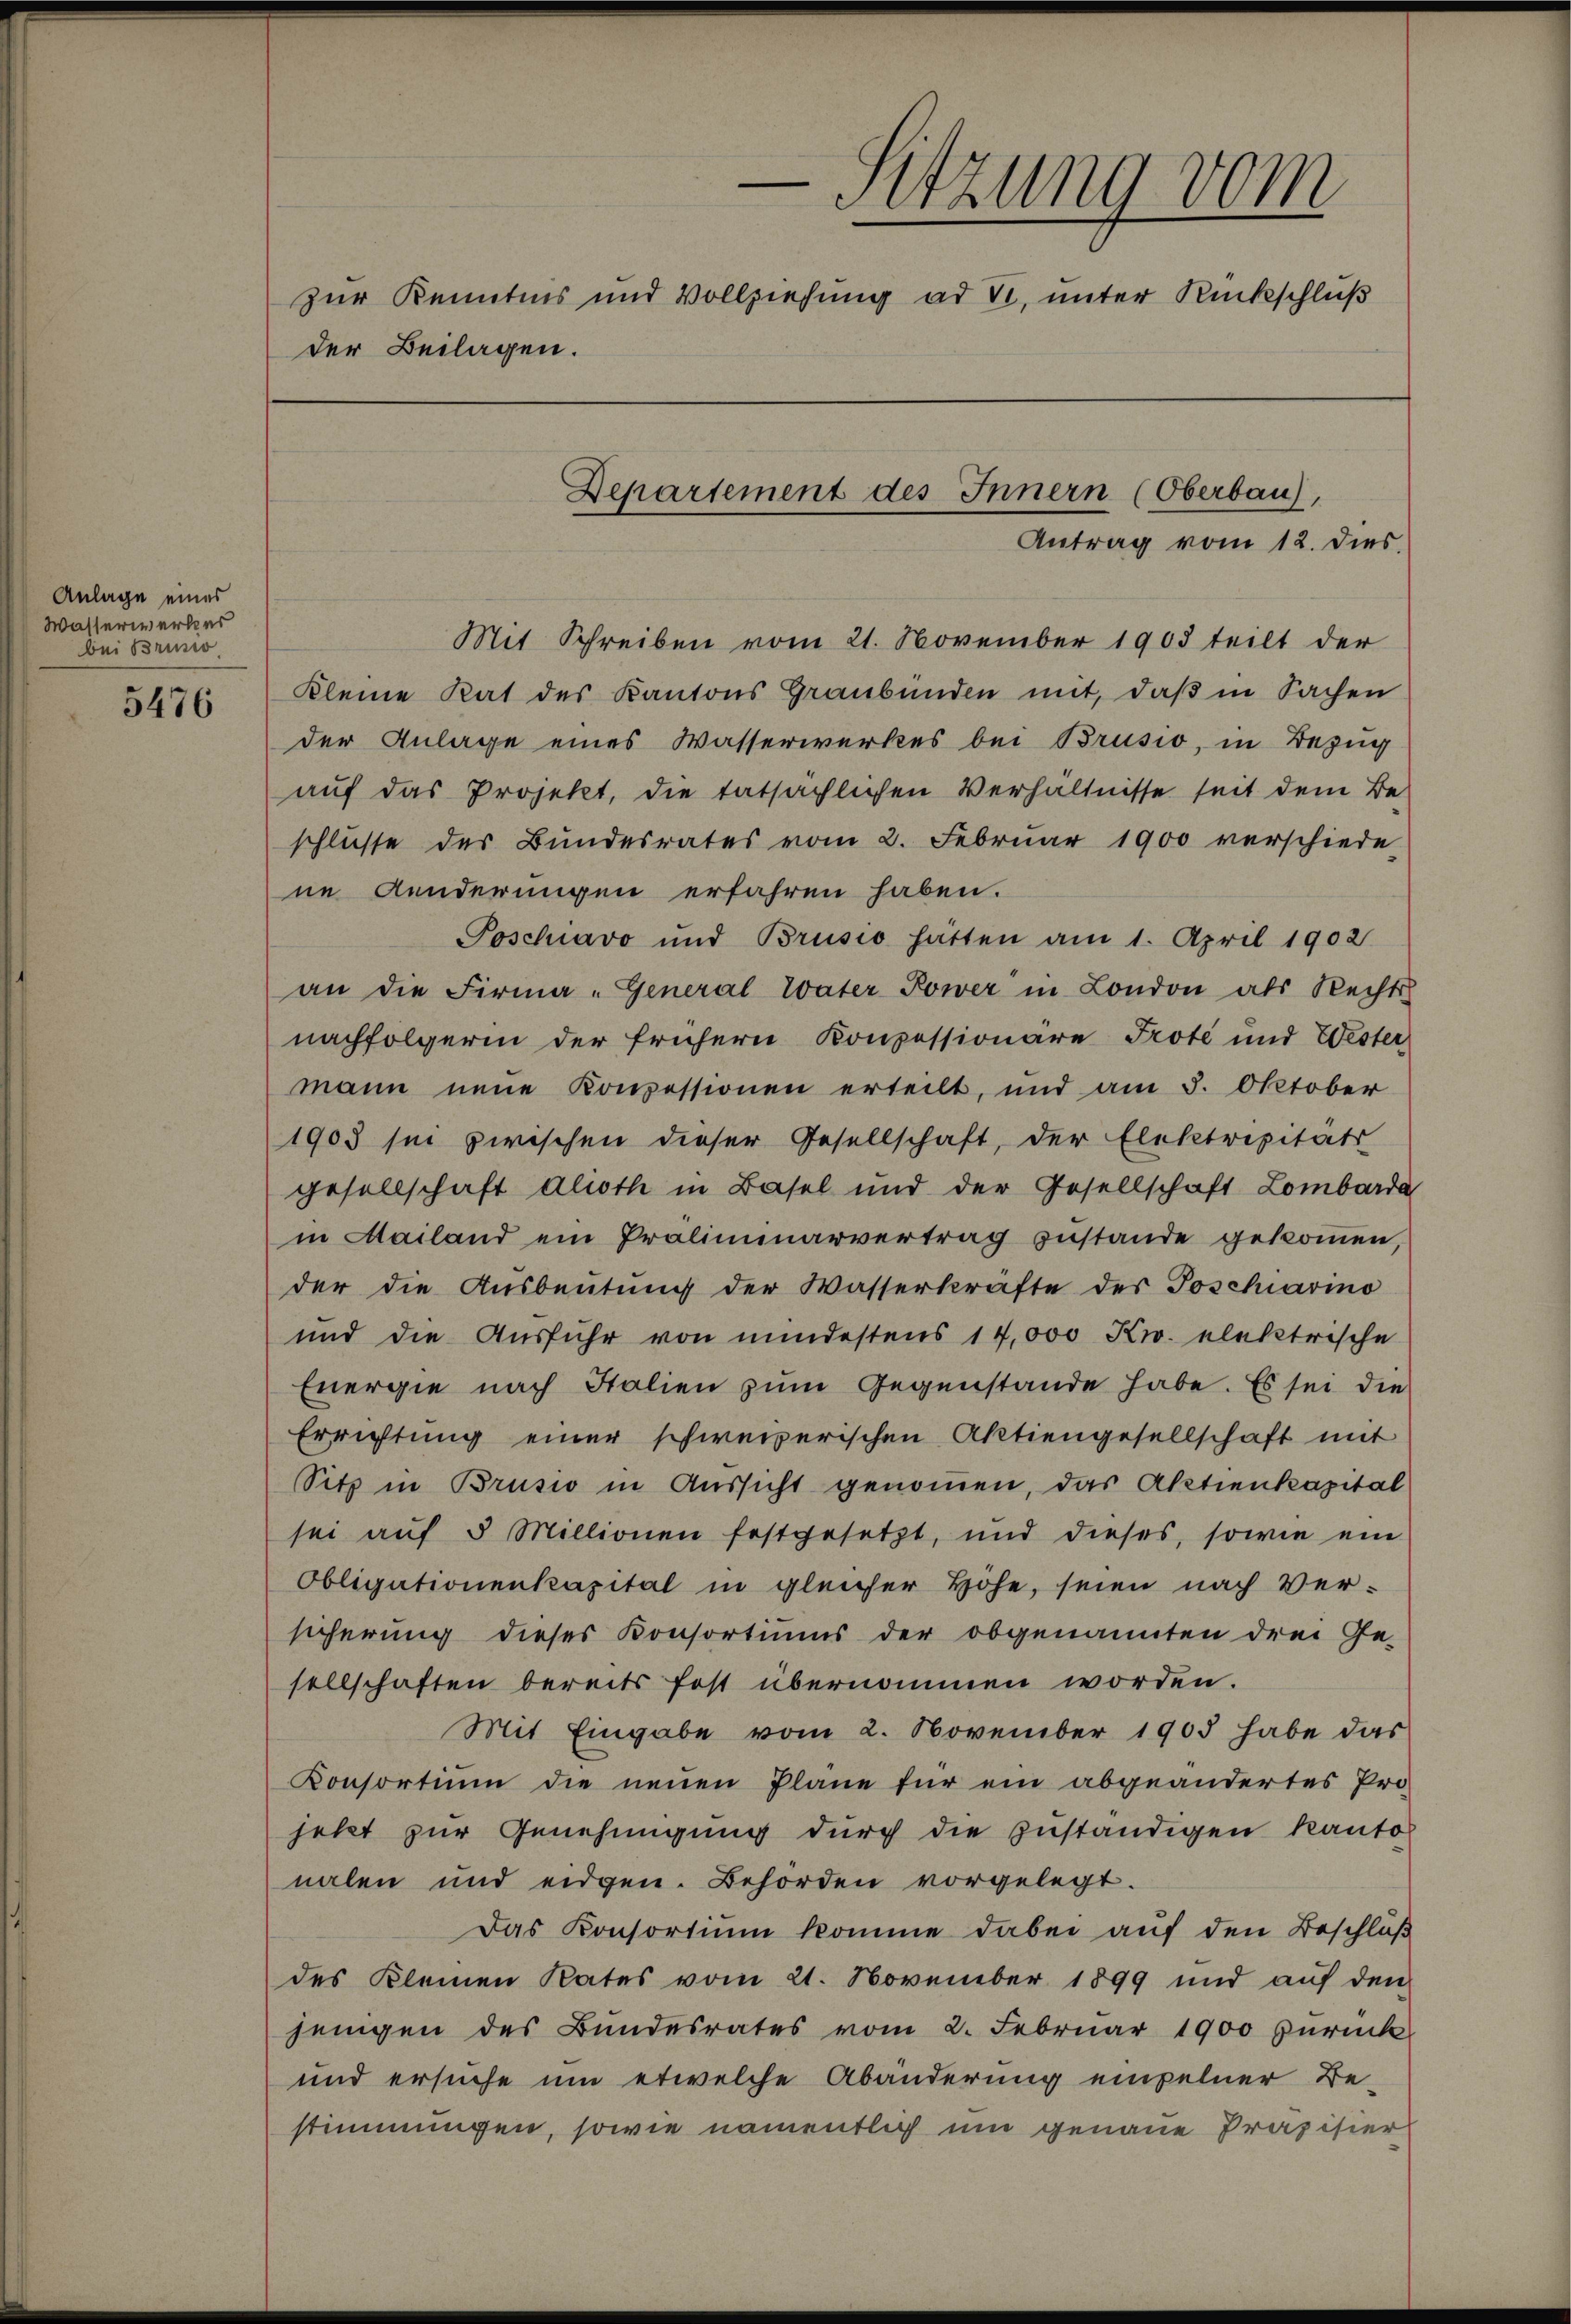
Anlage eines
Wasserwerkes
bei Brusio

5476

-Sitzung vom
zur Kenntnis und Vollziehung ad V. unter Rückschluß
der Beilagen.
Departement des Innern (Oberbau,
Antrag vom 12. dies

Mit Schreiben vom 21. November 1903 teilt der
kleine Rat des Kantons Graubünden mit, daß in Sachen
der Anlage eines Wasserwerkes bei Brüsio, in Bezug
auf das Projekt, die tatsächlichen Verhältnisse seit dem Be-
schlüsse des Bundesrates vom 2. Februar 1900 verschiede
ne Aenderungen erfahren haben.
Poschiavo und Brusio hätten am 1. April 1902
an die Firma-General Vater Power in London als Rechts
nachfolgerin der frühern Konzessionäre Prote und Wester
mann neue Konzessionen erteilt, und am 3. Oktober
1903 sei zwischen dieser Gesellschaft, der Elektripitäts
gesellschaft alioth in Basel und der Gesellschaft Lombarda
in Mailand ein Präliminarvertrag zustande gekommen,
der die Ausbeutung der Wasserkräfte des Poschiarino
und die Ausführ von mindestens 14,000 Kw. elektrische
Energie nach Italien zum Gegenstande habe. Es sei die
Errichtung einer schweizerischen Aktiengesellschaft mit
Sitz in Brusio in Aussicht genommen, das Aktienkapital
sei aŭf 5 Millionen festgesetzt, und dieses, sowie ein
Obligationenkapital in gleicher Höhe, seien nach Ver-
sicherung dieses Konsortiums der obgenannten drei Ge-
sellschaften bereits fest übernommen worden.
Mit Eingabe vom 2. November 1903 habe das
Consortium die neuen Pläne für ein abgeändertes Pro-
jetzt zur Genehmigung durch die zuständigen Kantol
nalen und eidgen. Behörden vorgelegt.
Das Konsortium komme dabei auf den Beschluß
des Kleinen Rates vom 21. November 1899 und aŭf den
jenigen des Bundesrates vom 2. Februar 1900 zurück
und ersuche um etwelche Abänderung einzelner Be-
stimmungen, sowie namentlich um genaue Präzisier